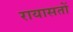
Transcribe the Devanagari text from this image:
रायासतों